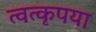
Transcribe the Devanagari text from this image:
त्वत्कृपया